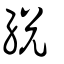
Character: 綐